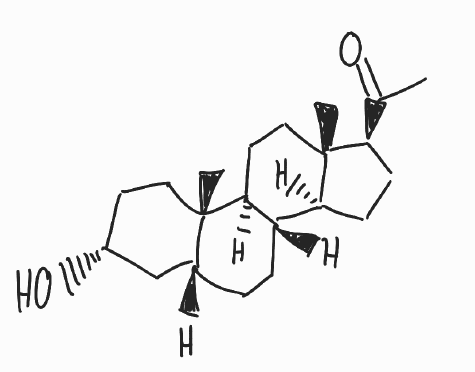
Simplified molecular-input line-entry system (SMILES) notation of the given molecule:
CC(=O)[C@H]1CC[C@@H]2[C@@]1(CC[C@H]3[C@H]2CC[C@H]4[C@@]3(CC[C@H](C4)O)C)C